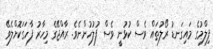
ފިލްމުގެ މައިގަނޑު ރޯލުތައް ވެސް ކުޅުނީ ވެސް ފުލުހުންނެވެ. ރާއްޖޭގެ މިހާރު ފާހަގަކޮށްލެވޭ